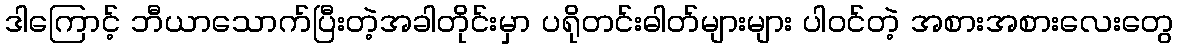
ဒါကြောင့် ဘီယာသောက်ပြီးတဲ့အခါတိုင်းမှာ ပရိုတင်းဓါတ်များများ ပါဝင်တဲ့ အစားအစားလေးတွေ